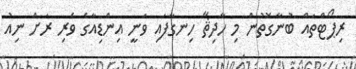
ރިޕޯޓްތައް ބުނާގޮތުން މި ހާދިޘާ ހިނގާފައި ވަނީ އިންޑިއާގެ ވެރި ރަށް ނިއު